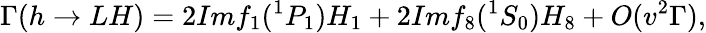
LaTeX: \Gamma(h\rightarrow LH)=2Imf_{1}(^{1}P_{1})H_{1}+2Imf_{8}(^{1}S_{0})H_{8}+O(v^{2}\Gamma),